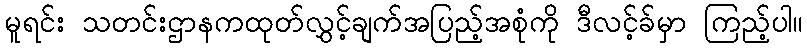
မူရင်း သတင်းဌာနကထုတ်လွှင့်ချက်အပြည့်အစုံကို ဒီလင့်ခ်မှာ ကြည့်ပါ။